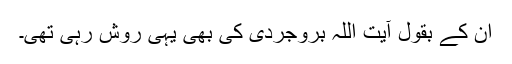
ان کے بقول آیت اللہ بروجردی کی بھی یہی روش رہی تھی۔